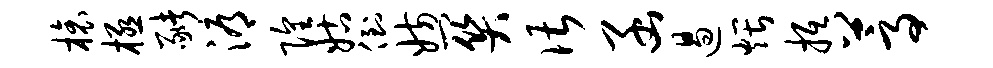
榱极猪溽隍姑倒妨关谌函遏煨抵蒿